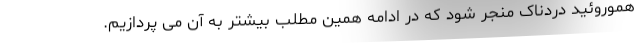
هموروئید دردناک منجر شود که در ادامه همین مطلب بیشتر به آن می پردازیم.